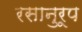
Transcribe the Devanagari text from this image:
रसानुरूप